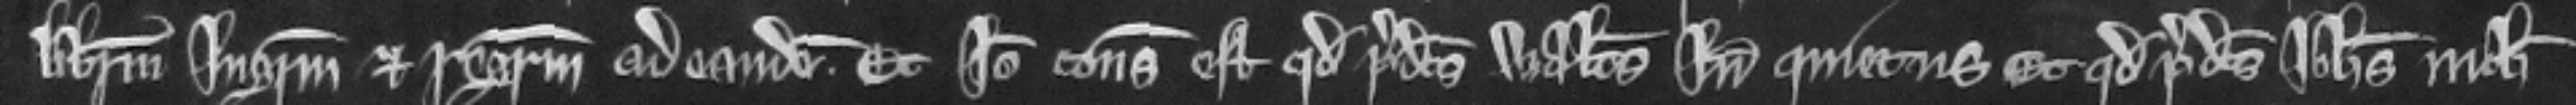
liberum ingressum et regressum ad eandem. Et ideo consideratum est quod predictus Walterus Inde quietus Et quod predictus Johannes nichil